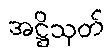
အဋ္ဌိသုတ်